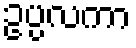
ဥပ္ပလကာ